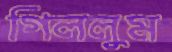
গিললুম